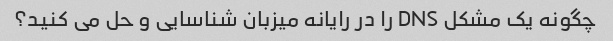
چگونه یک مشکل DNS را در رایانه میزبان شناسایی و حل می کنید؟